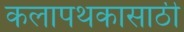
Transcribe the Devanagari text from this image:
कलापथकासाठी